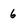
Character: 6